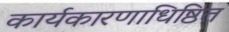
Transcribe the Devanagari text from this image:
कार्यकारणाधिष्ठित